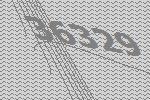
36329